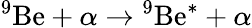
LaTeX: {^{9}\mathrm{{Be}}}+\alpha\to{^{9}\mathrm{{Be}^{*}}}+\alpha